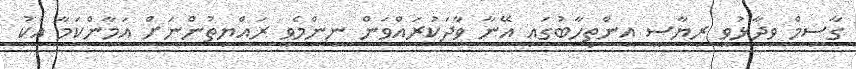
ގާސިމް ވިދާޅުވީ ރިޔާސީ އިންތިހާބުގައި އޭނާ ވާދަކުރައްވަން ނިންމެވީ ރައްޔިތުންނަށް އަމާންކަމާ އެކު